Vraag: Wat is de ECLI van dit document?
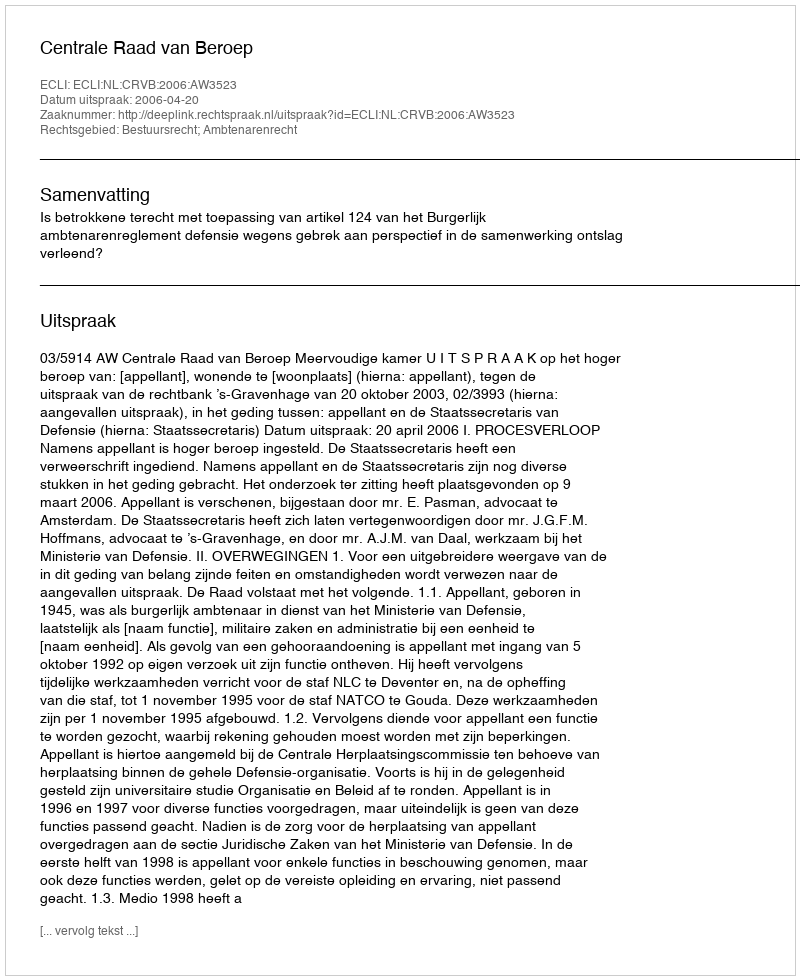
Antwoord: ECLI:NL:CRVB:2006:AW3523